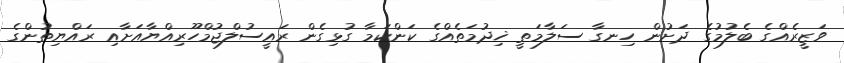
ވަޒީރެއްގެ ބެލުމުގެ ދަށުން ހިނގާ ސަލާމަތީ ޚިދުމަތެއްގެ ކަންކަމާ ގުޅިގެން ރައީސުލްޖުމްހޫރިއްޔާއަށާއި ރައްޔިތުންގެ